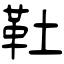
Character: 靯